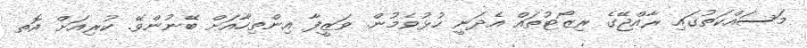
މަސައްކަތުގައި ރާއްޖޭގެ ރިޒޯޓުތައް އެދަނީ ހުޅުވެމުން. ވަޒީފާ އިންތިހާއަށް ބޭނުންވޭ. ކުރިއަށް އޮތ